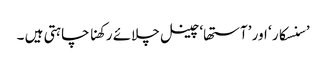
’سنسکار ‘ اور ’آستھا‘چینل چلائے رکھنا چاہتی ہیں ۔